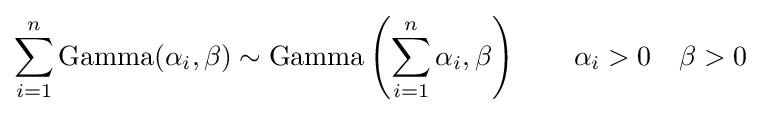
\sum _{i=1}^{n}\operatorname {Gamma} (\alpha _{i},\beta )\sim \operatorname {Gamma} \left(\sum _{i=1}^{n}\alpha _{i},\beta \right)\qquad \alpha _{i}>0\quad \beta >0